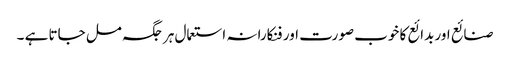
صنائع اور بدائع کا خوب صورت اور فنکارانہ استعمال ہر جگہ مل جاتا ہے ۔